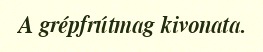
A grépfrútmag kivonata.